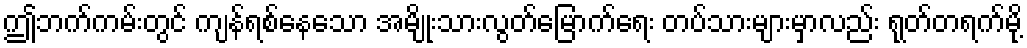
ဤဘက်ကမ်းတွင် ကျန်ရစ်နေသော အမျိုးသားလွတ်မြောက်ရေး တပ်သားများမှာလည်း ရုတ်တရက်မို့